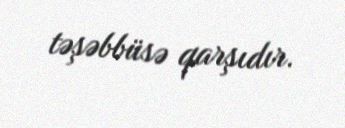
təşəbbüsə qarşıdır.